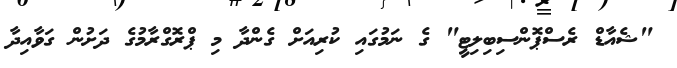
"ޝެއާޑް ރެސްޕޮންސިބިލިޓީ" ގެ ނަމުގައި ކުރިއަށް ގެންދާ މި ޕްރޮގްރާމުގެ ދަށުން ގަވާއިދާ